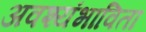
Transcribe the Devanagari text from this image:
अवश्यंभाविता